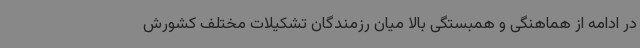
در ادامه از هماهنگی و همبستگی بالا میان رزمندگان تشکیلات مختلف کشورش